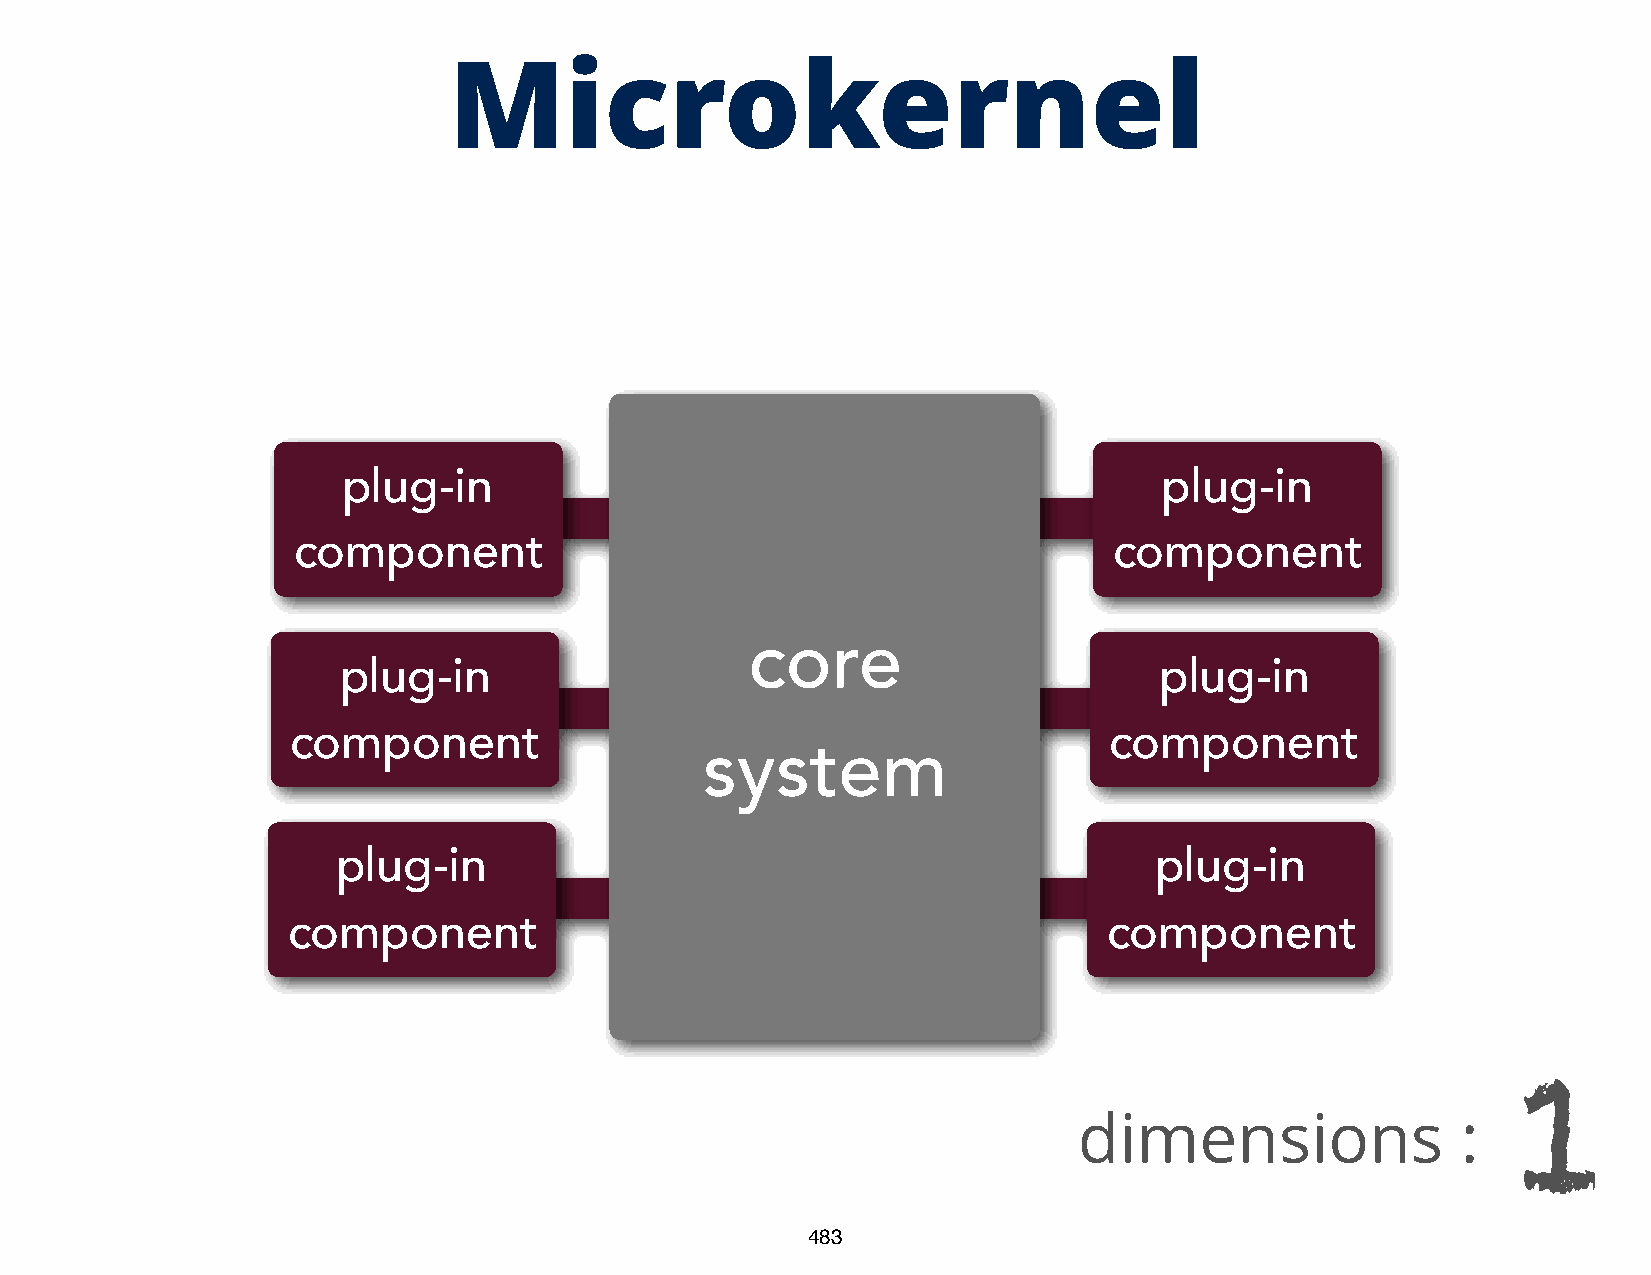
Microkernel
 plug-in                                               plug-in
 component                                              component
 core
 plug-in                                                plug-in
 component                                             component
 system
 plug-in                                               plug-in
 component                                             component
 dimensions                :
 1
 483